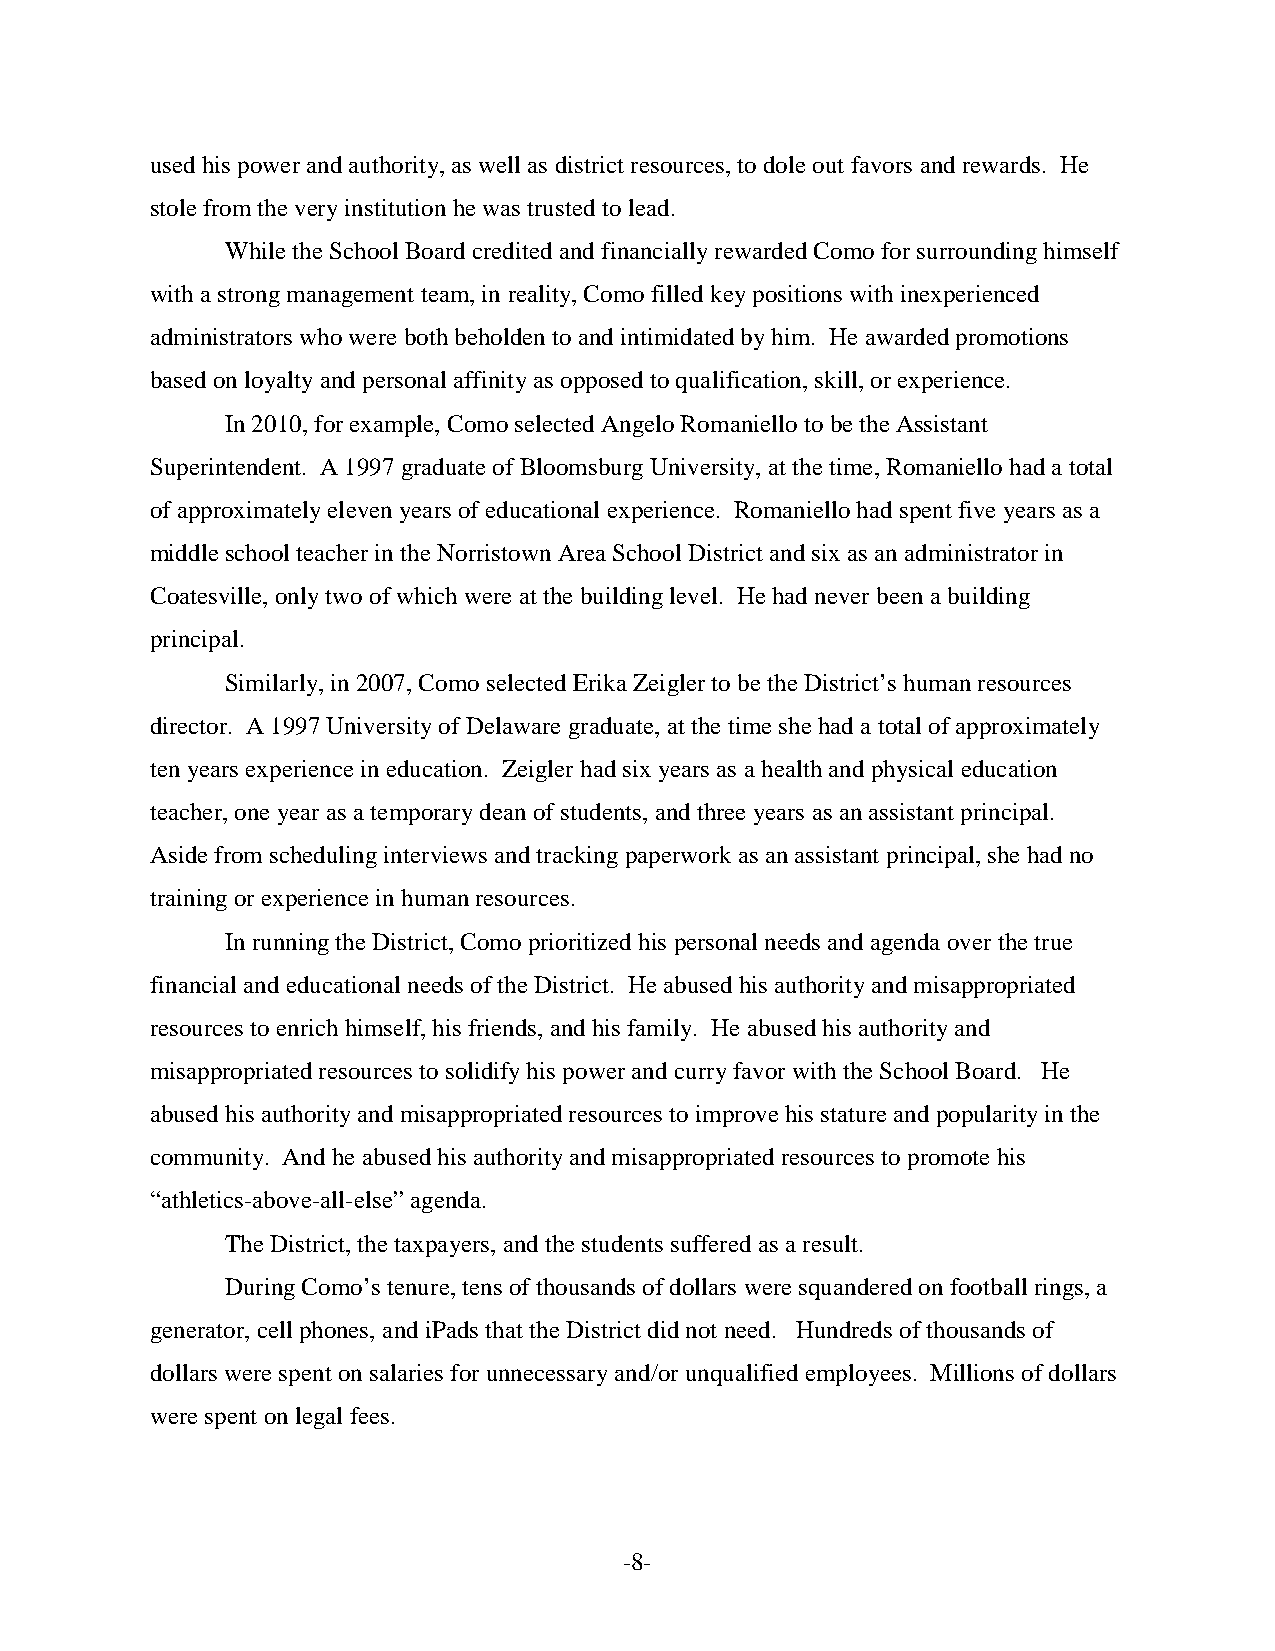
used his power and authority, as well as district resources, to dole out favors and rewards. He
 stole from the very institution he was trusted to lead.
 While the School Board credited and financially rewarded Como for surrounding himself
 with a strong management team, in reality, Como filled key positions with inexperienced
 administrators who were both beholden to and intimidated by him. He awarded promotions
 based on loyalty and personal affinity as opposed to qualification, skill, or experience.
 In 2010, for example, Como selected Angelo Romaniello to be the Assistant
 Superintendent. A 1997 graduate of Bloomsburg University, at the time, Romaniello had a total
 of approximately eleven years of educational experience. Romaniello had spent five years as a
 middle school teacher in the Norristown Area School District and six as an administrator in
 Coatesville, only two of which were at the building level. He had never been a building
 principal.
 Similarly, in 2007, Como selected Erika Zeigler to be the District’s human resources
 director. A 1997 University of Delaware graduate, at the time she had a total of approximately
 ten years experience in education. Zeigler had six years as a health and physical education
 teacher, one year as a temporary dean of students, and three years as an assistant principal.
 Aside from scheduling interviews and tracking paperwork as an assistant principal, she had no
 training or experience in human resources.
 In running the District, Como prioritized his personal needs and agenda over the true
 financial and educational needs of the District. He abused his authority and misappropriated
 resources to enrich himself, his friends, and his family. He abused his authority and
 misappropriated resources to solidify his power and curry favor with the School Board. He
 abused his authority and misappropriated resources to improve his stature and popularity in the
 community. And he abused his authority and misappropriated resources to promote his
 “athletics-above-all-else” agenda.
 The District, the taxpayers, and the students suffered as a result.
 During Como’s tenure, tens of thousands of dollars were squandered on football rings, a
 generator, cell phones, and iPads that the District did not need. Hundreds of thousands of
 dollars were spent on salaries for unnecessary and/or unqualified employees. Millions of dollars
 were spent on legal fees.
 -8-